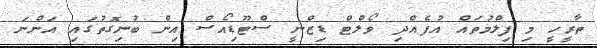
ތާރީހީ މި ފިލްމުތައް އުފެއްދި ވޯލްޓް ޑިޒްނީ ސްޓޫޑިއޯސް އިން ބުނިގޮތުގައި އަންނަ